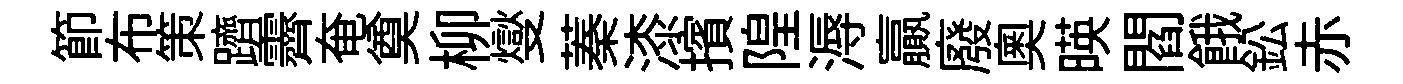
節布策躋霽奄奠柳燮蓁漆擯隍溽贏廢奥暎閻餓鈆赤